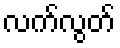
လက်လွတ်